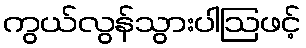
ကွယ်လွန်သွားပါဩဖင့်